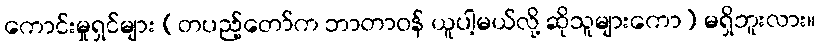
ကောင်းမှုရှင်များ (တပည့်တော်က ဘာတာဝန် ယူပါ့မယ်လို့ ဆိုသူများကော) မရှိဘူးလား။